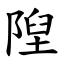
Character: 隉